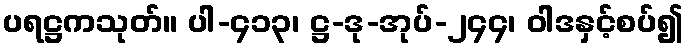
ပရဋ္ဌကသုတ်။ ပါ-၄၁၃၊ ဋ္ဌ-ဒု-အုပ်-၂၄၄၊ ဝါဒနှင့်စပ်၍